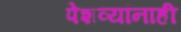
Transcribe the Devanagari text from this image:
पेशव्यांनाही